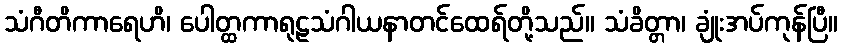
သံဂီတိကာရေဟိ၊ ပေါတ္ထကာရုဠသံဂါယနာတင်ထေရ်တို့သည်။ သံခိတ္တာ၊ ချုံးအပ်ကုန်ပြီ။